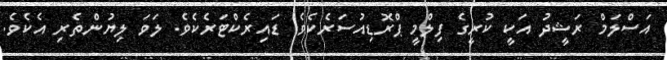
އަސްލަމް ރަޝީދު އަކީ ކުރީގެ ފިލްމީ ޕްރޮޑިއުސަރެކެވެ. ޑައިރެކްޓަރެކެވެ. ލަވަ ލިޔުންތެރި އެކެވެ.